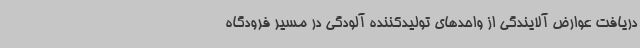
دریافت عوارض آلایندگی از واحدهای تولیدکننده آلودگی در مسیر فرودگاه